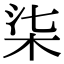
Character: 柒